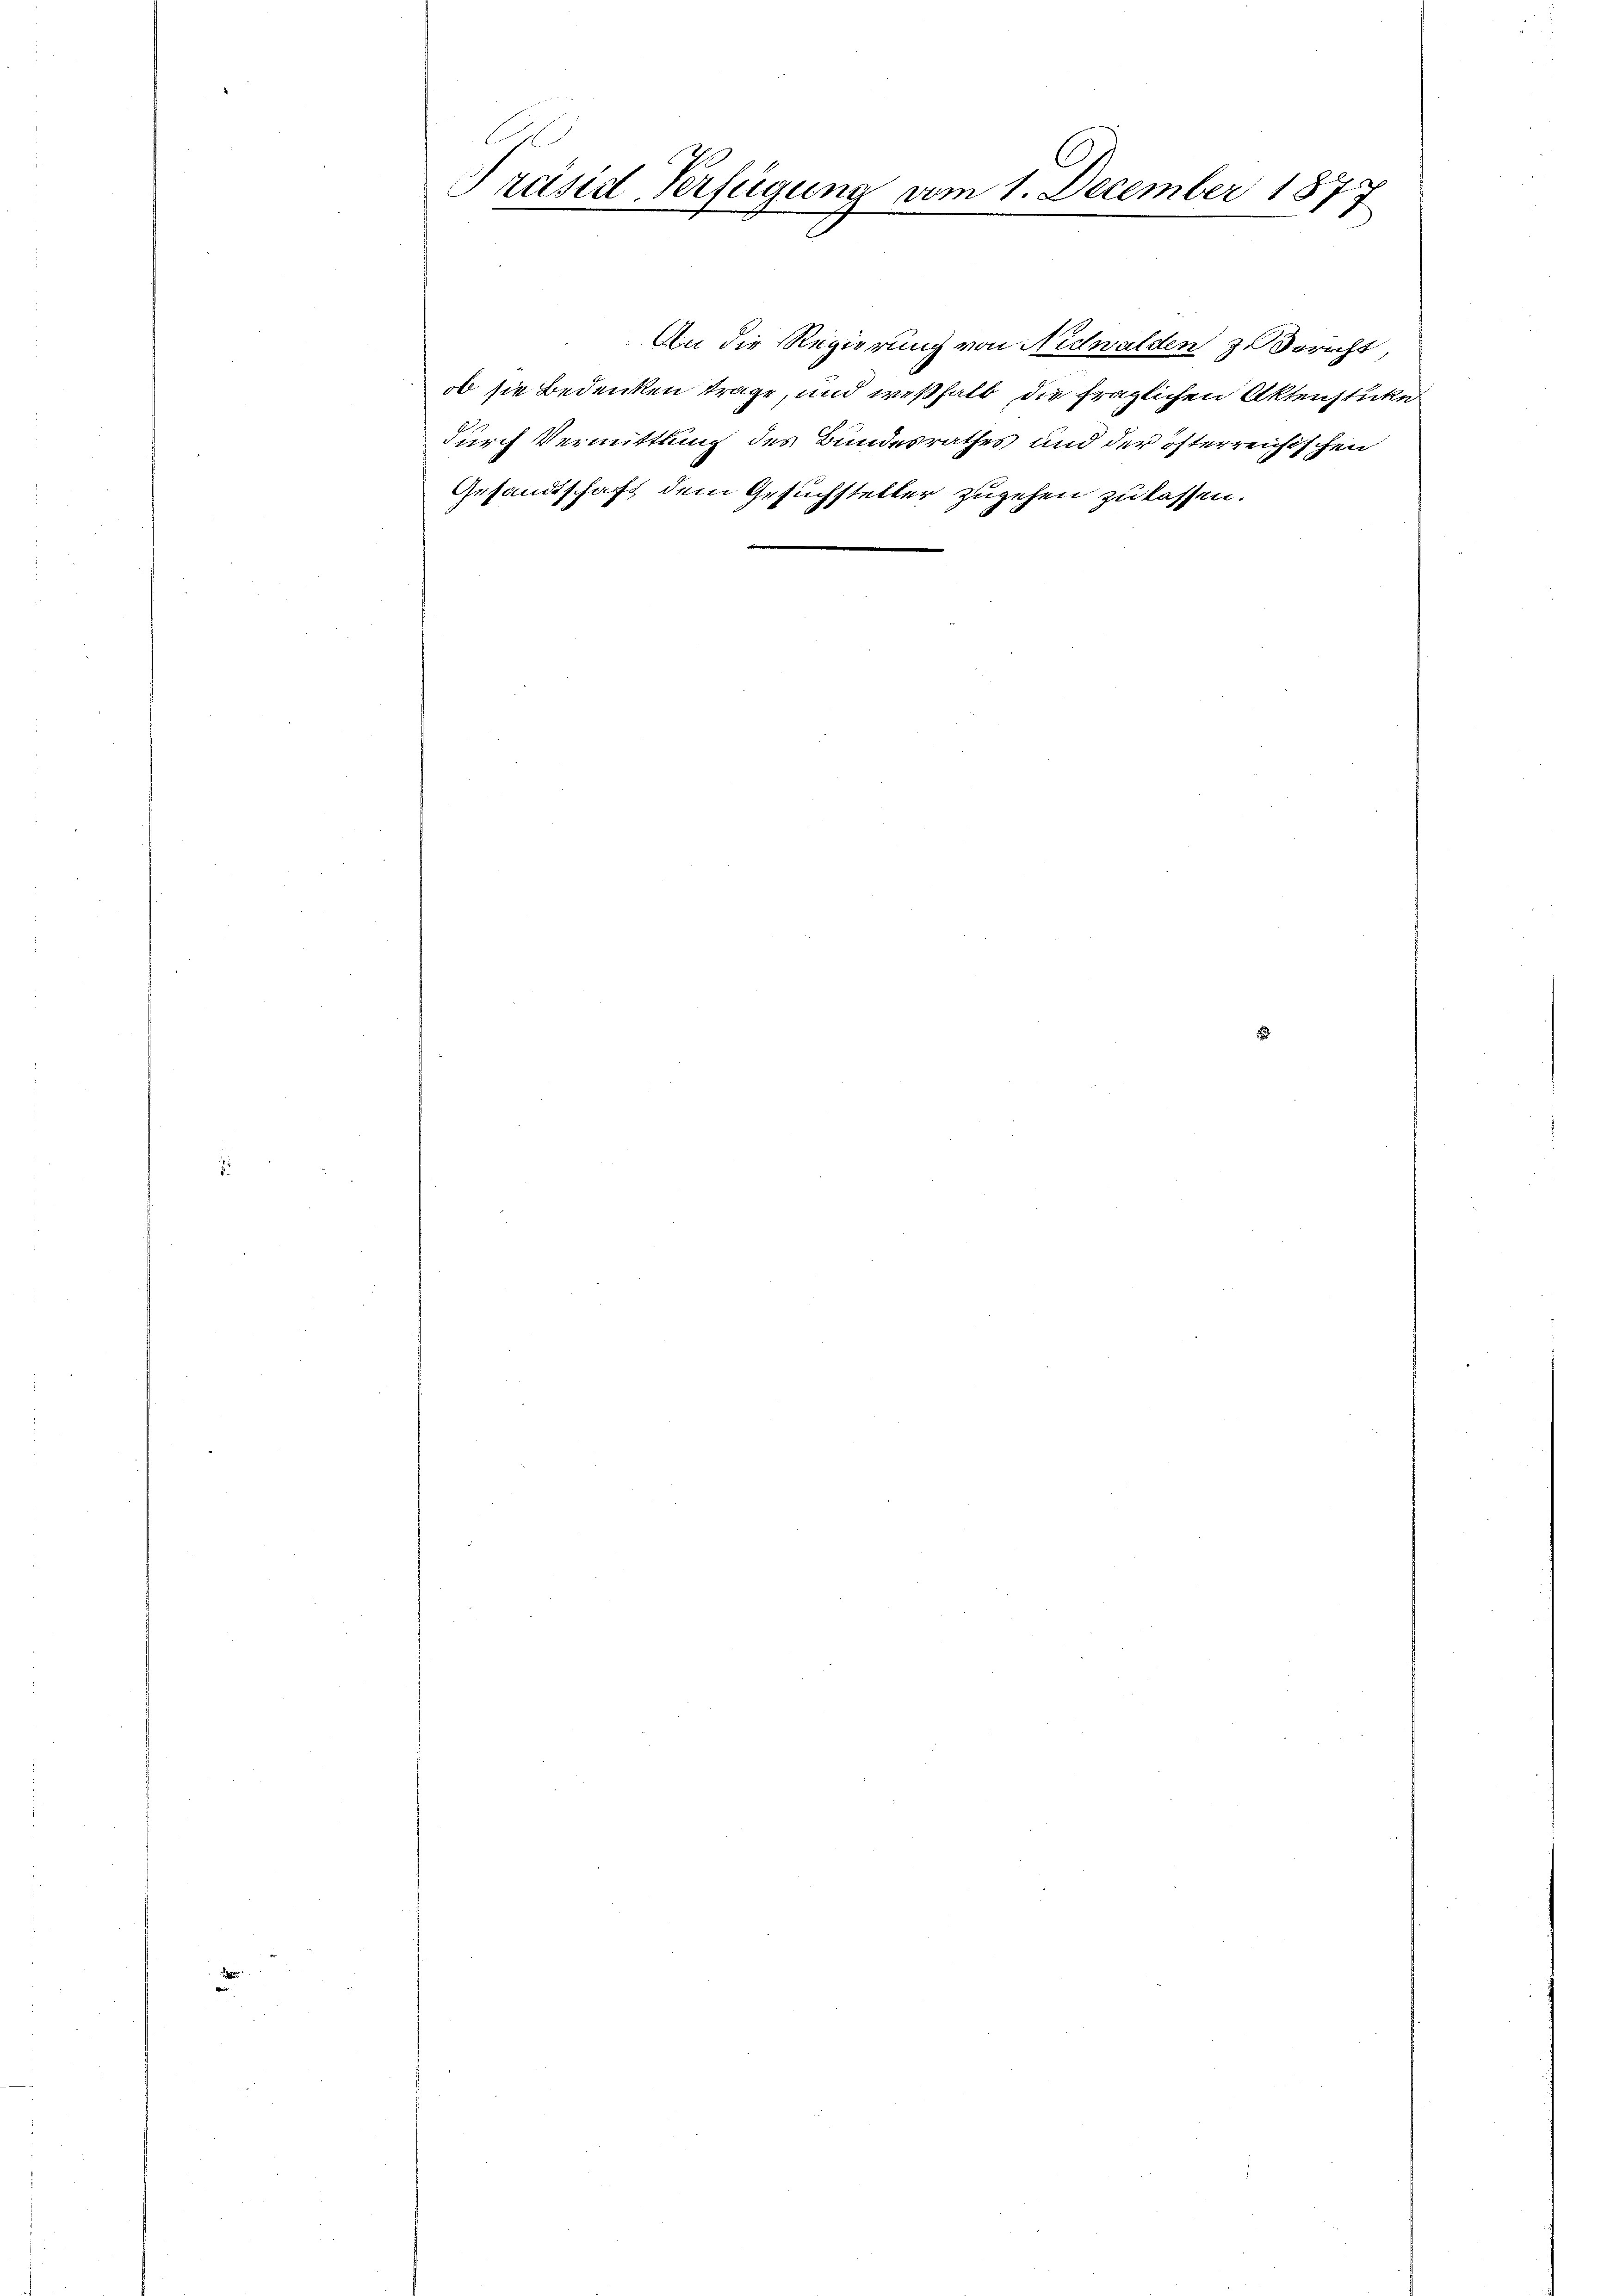
A
Präsid Verfügung vom 1. December 187
.
2

An die Regierung von Nidwalden zu Bericht
ob sie Bedenken trage, und weßhalb die fraglichen Aktenstücke
durch Vermittlung des Bundesrathes und der österreichischen
Gesandtschaft dem Gesuchsteller zugehen zu lassen.